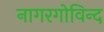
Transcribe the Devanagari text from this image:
नागरगोविन्द